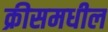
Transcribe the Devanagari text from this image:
क्रीसमधील